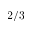
2 / 3